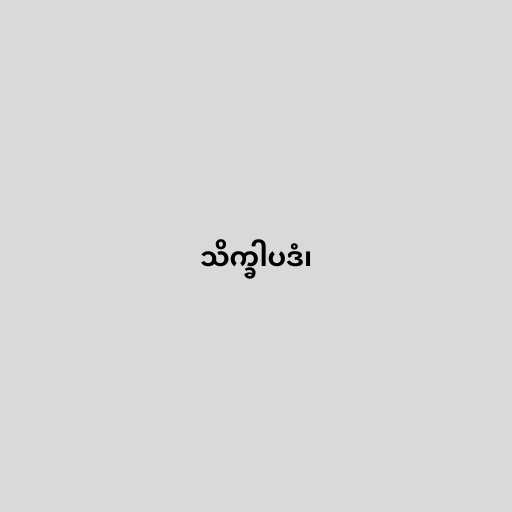
သိက္ခါပဒံ၊